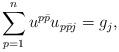
LaTeX: \begin{align*}\sum_{p=1}^n u^{p\bar p} u_{p\bar p j} = g_j,\end{align*}